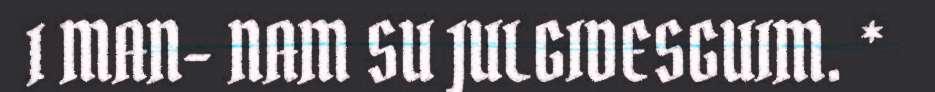
I MAN- NAM SU JULGIDESGUIM. *